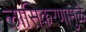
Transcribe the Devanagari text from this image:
लासिकरणामुळे